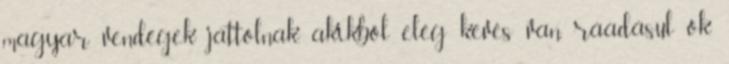
magyar vendégek jattolnak, akikből elég kevés van, ráadásul ők